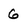
Character: 6